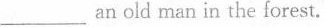
___ an old man in the forest.